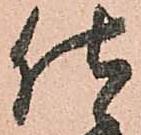
仕